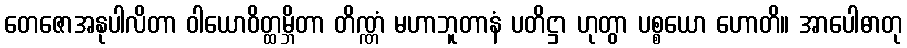
တေဇောအနုပါလိတာ ဝါယောဝိတ္ထမ္ဘိတာ တိဏ္ဏံ မဟာဘူတာနံ ပတိဋ္ဌာ ဟုတွာ ပစ္စယော ဟောတိ။ အာပေါဓာတု